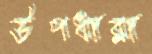
উপধারা